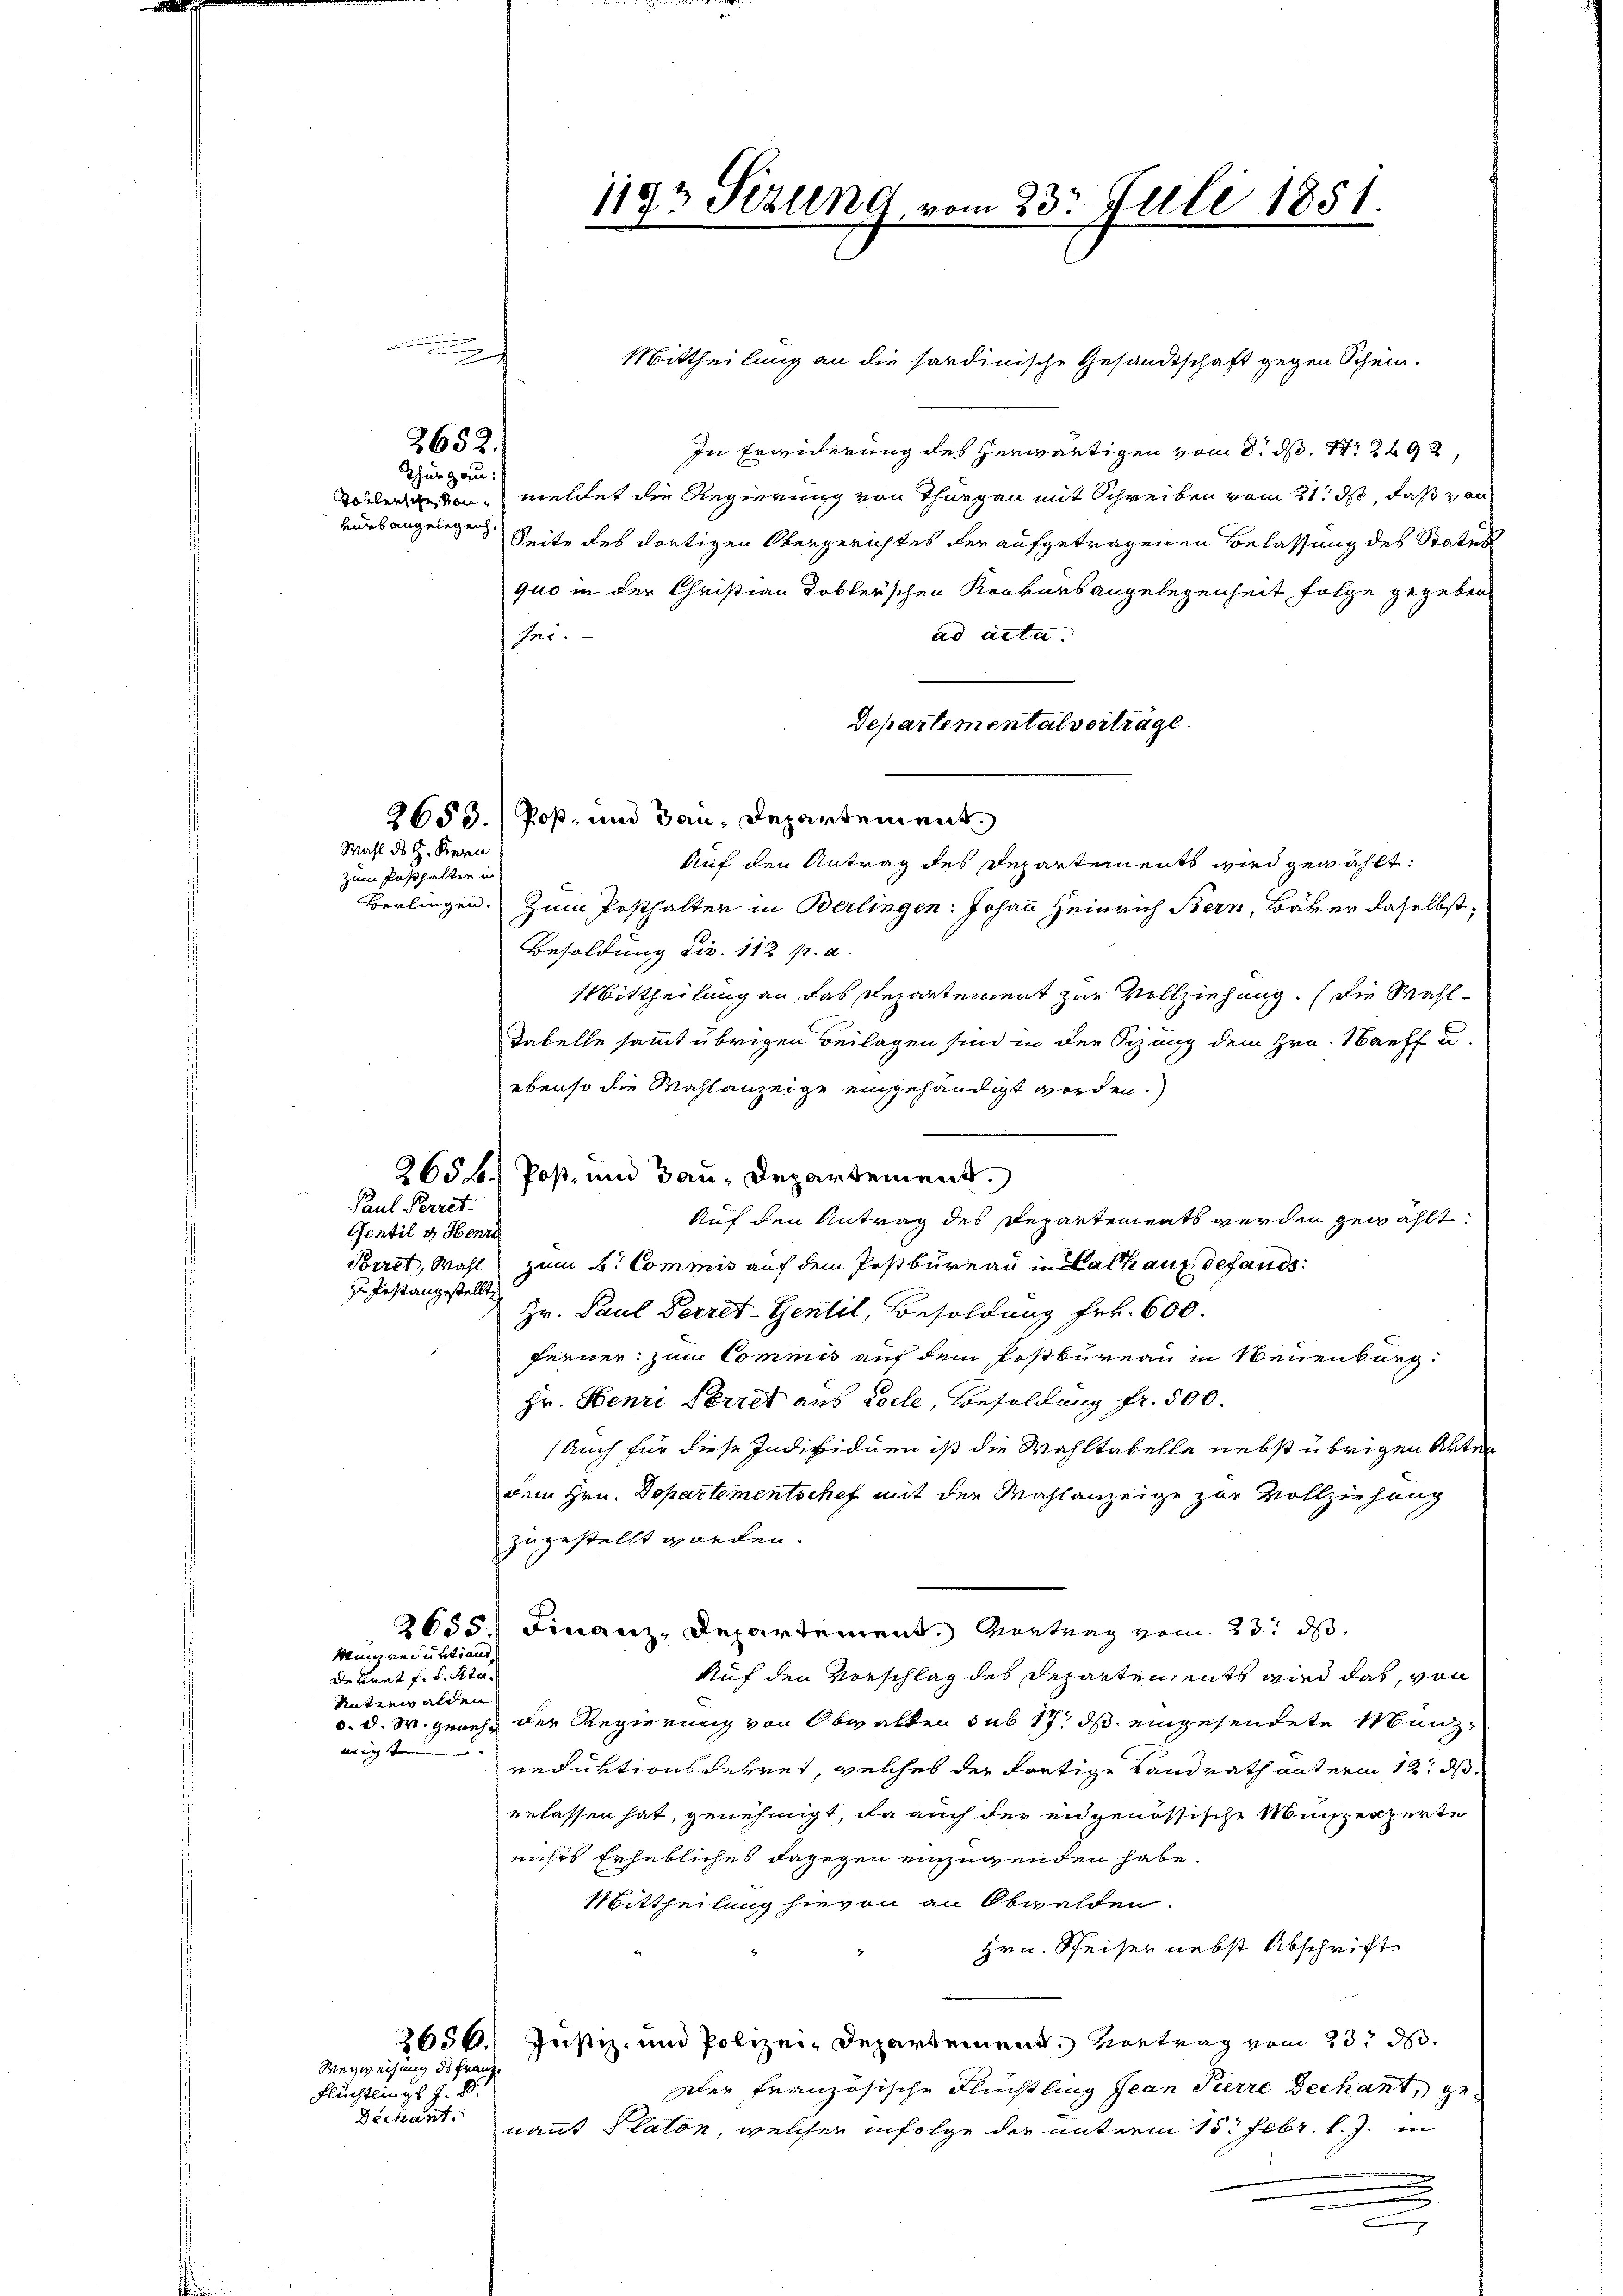
Mittheilung an die sardinische Gesandtschaft gegen Schein.
In Erwiderung des herwärtigen vom 8. d. 1. 2492,
meldet die Regierung von Thurgau mit Schreiben vom 21. ds, daß von
Seite des dortigen Obergerichtes der aufgetragenen Belassung des Status
quo in der Christian Tobler’schen Konkurs angelegenheit folge gegeben
ad acta.
fei.
Departementalverträge.
2653.) Poß- und Bau, Departement
Auf den Antrag des Departements wird gewählt:
Berlingen. Zum Posthalten in Berlingen: Johann Heinrich Bern, Bäker daselbst,
Besoldung dir. 112 pr. a.
Mittheilung an das Repartement zur Vollziehung. (die Wahl¬
Tabelle sammt übrigen Beilagen sind in der Sitzung dem Hrn. Nauff u.
ebenso die Wahlanzeige eingehändigt worden.)
Paul Perret.
Auf den Antrag des Departements werden gewählt.
Gentil & Henri
Borret, Wahl zum B. Commis auf dem Postbureau in Rath auf defands
zu Postangestellt
Hr. Paul Perret-Gentil, Besoldung Frk. 600.
ferner zum Commis auf dem Postbureau in Neuenburg
Hr. Henri Perret aus Loche, Besoldung fr. 500.
Auch für diese Individuen ist die Wahltabelle nebst übrigen Akte
dem Hrn. Departementschef mit der Wahlanzeige zur Vollziehung
zugestellt worden.
2655 Finanz-Departement. Vortrag vom 23. d.
Munzinsubtiend
Auf den Vorschlag des Reparten, ents wird das, von
Dekret f. d. Sta¬
Unterwalden
d. d. M. genehm der Regierung von Obwalten sub 17. ds eingesendete Menz
mögt
reduktionsdekret, welches der dortige Landrath unterm 12. ds.
erlassen hat, genehmigt, da auch der eidgenössische Münzexperte
nichts Erhebliches dagegen einzugenden habe.
Mittheilung hievon an Obwalden.
Hrn. Speiser nebst Abschrift
2656.
Justiz- und Polizei-Departement. Vortrag vom 23. d.
Wegweisung des Franz
Der französische Flüchtling Jean Pierre Dechant, ge¬
Flüchtlings Z. B.
Dechant.
nannt Platon, welcher infolge der unterm 15. Febr. l. J. in

2652.

Thurgau:
vurbangelegen.

Tollensche von

h

Wahl des H. Rein
zum Pasthalten in

1192 Sizung vom 23. Juli 1851

2656. Post- und Bau-Departement.

.
.